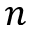
n